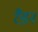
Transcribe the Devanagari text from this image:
रैडन